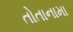
તોતાનામા